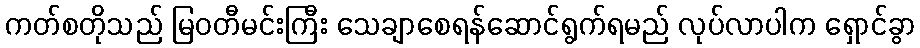
ကတ်စတိုသည် မြဝတီမင်းကြီး သေချာစေရန်ဆောင်ရွက်ရမည် လုပ်လာပါက ရှောင်ခွာ